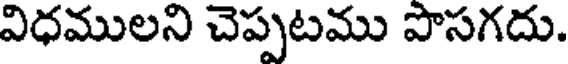
విధములని చెప్పటము పొసగదు.